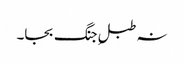
نہ طبلِ جنگ بجا۔